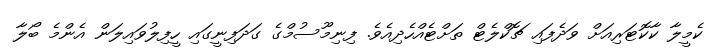
ކެމީލާ ކާކޮޓަރިއަށް ވަދެފައި ޗޮކްލެޓް ތަށްޓެއްހެދިއެވެ. ފިނިމޫސުމްގެ ގަދަފިނީގައި ހީފިލުވައިލަން އެންމެ ބޯލާ